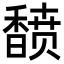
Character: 𬳟